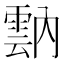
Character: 𩃠